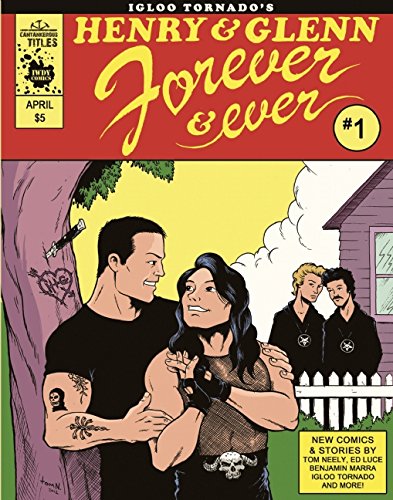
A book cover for Henry and Glenn Forever and Ever (Henry & Glenn); Tom Neely; Comics & Graphic Novels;